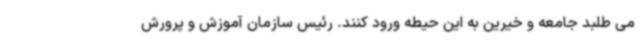
می طلبد جامعه و خیرین به این حیطه ورود کنند. رئیس سازمان آموزش و پرورش